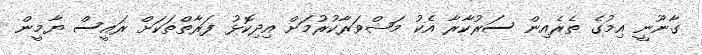
ގާނޫނީ އިމުގެ ތެރެއިން ސަރުކާރާ އެކު މަޝްވަރާކުރުމަށް އިދިކޮޅު ފަރާތްތަކަށް ރައީސް ޔާމީން